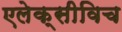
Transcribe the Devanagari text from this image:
एलेक्सीविच